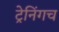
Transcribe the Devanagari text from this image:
ट्रेनिंगच